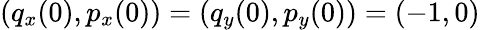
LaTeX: (q_{x}(0),p_{x}(0))=(q_{y}(0),p_{y}(0))=(-1,0)